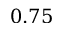
0 . 7 5